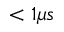
< 1 \mu s